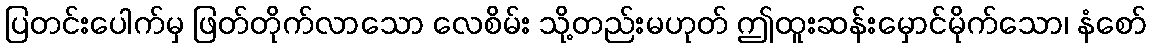
ပြတင်းပေါက်မှ ဖြတ်တိုက်လာသော လေစိမ်း သို့တည်းမဟုတ် ဤထူးဆန်းမှောင်မိုက်သော၊ နံစော်